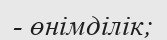
- өнімділік;